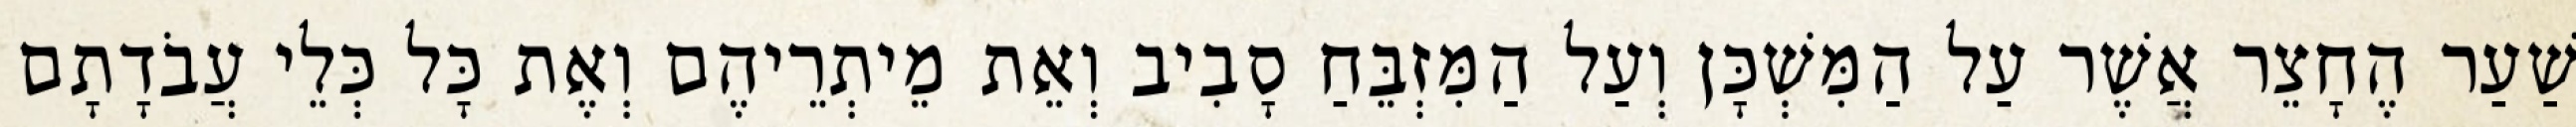
שַׁעַר הֶחָצֵר אֲשֶׁר עַל הַמִּשְׁכָּן וְעַל הַמִּזְבֵּחַ סָבִיב וְאֵת מֵיתְרֵיהֶם וְאֶת כָּל כְּלֵי עֲבֹדָתָם